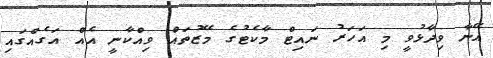
އޭނާ ވިދާޅުވީ މި އަހަރު ނައިޓް މާކެޓުގެ މޭޒުތައް ވިއްކާނީ އެއް އަގެއްގައި